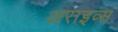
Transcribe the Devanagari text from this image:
अराइव्स